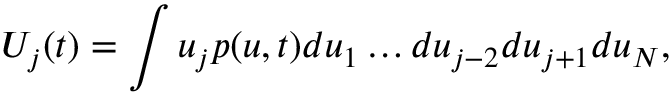
U _ { j } ( t ) = \int u _ { j } p ( u , t ) d u _ { 1 } \dots d u _ { j - 2 } d u _ { j + 1 } d u _ { N } ,